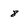
Character: 8